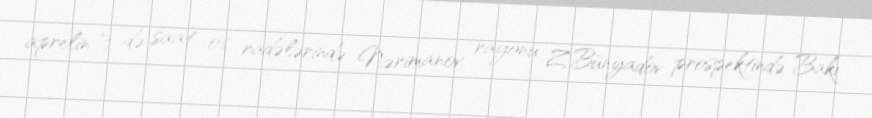
aprelin 13-də saat 06 radələrində Nərimanov rayonu Z.Bünyadov prospektində Bakı